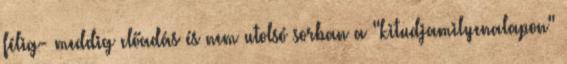
félig- meddig előadás és nem utolsó sorban a "kitudjamilyenalapon"